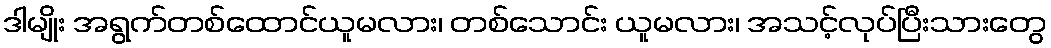
ဒါမျိုး အရွက်တစ်ထောင်ယူမလား၊ တစ်သောင်း ယူမလား၊ အသင့်လုပ်ပြီးသားတွေ